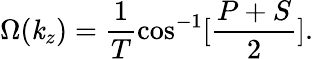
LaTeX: \Omega(\mathit{k}_{z})=\frac{{1}}{{T}}\cos^{-1}[\frac{{P+S}}{{2}}].